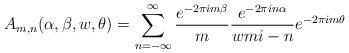
LaTeX: \begin{align*} \displaystyle A_{m,n}(\alpha, \beta , w, \theta)= \sum_{n=-\infty }^{\infty } \frac{e^{-2\pi i m \beta }}{m} \frac{e^{-2\pi i n\alpha }}{wmi-n}e^{-2\pi i m \theta } \\ \end{align*}